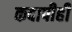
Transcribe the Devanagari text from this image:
कदापीही